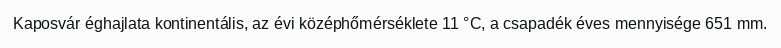
Kaposvár éghajlata kontinentális, az évi középhőmérséklete 11 °C, a csapadék éves mennyisége 651 mm.